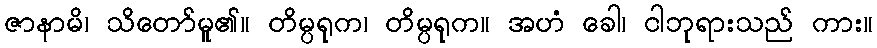
ဇာနာမိ၊ သိတော်မူ၏။ တိမ္ပရုက၊ တိမ္ပရုက။ အဟံ ခေါ၊ ငါဘုရားသည် ကား။